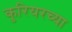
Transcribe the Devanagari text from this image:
कुरियरच्या